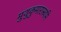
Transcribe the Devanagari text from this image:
मुथुकुमारास्वमि